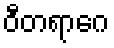
ဝီတရာဂေ